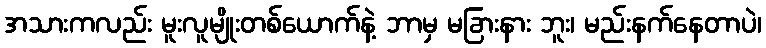
အသားကလည်း မူးလူမျိုးတစ်ယောက်နဲ့ ဘာမှ မခြားနား ဘူး၊ မည်းနက်နေတာပဲ၊